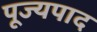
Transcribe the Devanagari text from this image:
पूज्‍यपाद